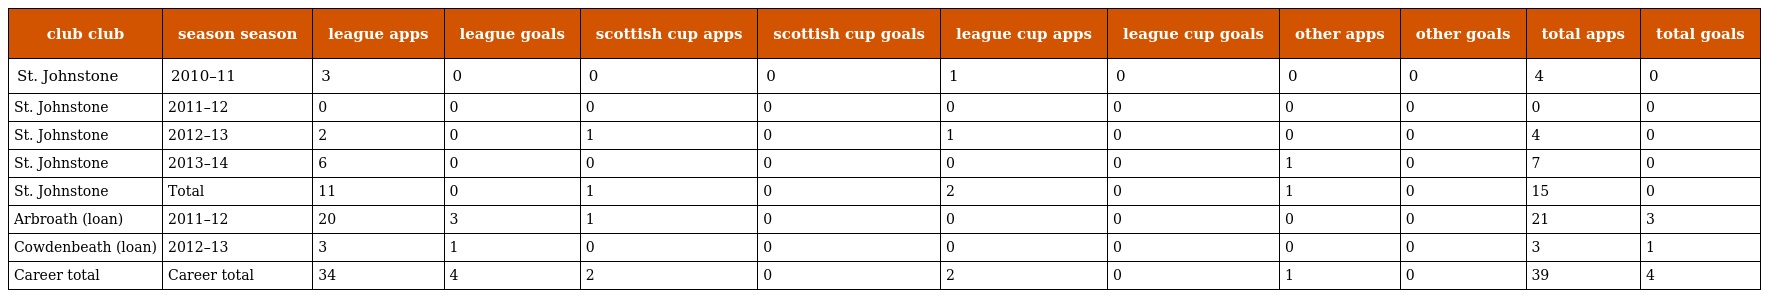
| club club | season season | league apps | league goals | scottish cup apps | scottish cup goals | league cup apps | league cup goals | other apps | other goals | total apps | total goals |
 | --- | --- | --- | --- | --- | --- | --- | --- | --- | --- | --- | --- |
 | St. Johnstone | 2010–11 | 3 | 0 | 0 | 0 | 1 | 0 | 0 | 0 | 4 | 0 |
 | St. Johnstone | 2011–12 | 0 | 0 | 0 | 0 | 0 | 0 | 0 | 0 | 0 | 0 |
 | St. Johnstone | 2012–13 | 2 | 0 | 1 | 0 | 1 | 0 | 0 | 0 | 4 | 0 |
 | St. Johnstone | 2013–14 | 6 | 0 | 0 | 0 | 0 | 0 | 1 | 0 | 7 | 0 |
 | St. Johnstone | Total | 11 | 0 | 1 | 0 | 2 | 0 | 1 | 0 | 15 | 0 |
 | Arbroath (loan) | 2011–12 | 20 | 3 | 1 | 0 | 0 | 0 | 0 | 0 | 21 | 3 |
 | Cowdenbeath (loan) | 2012–13 | 3 | 1 | 0 | 0 | 0 | 0 | 0 | 0 | 3 | 1 |
 | Career total | Career total | 34 | 4 | 2 | 0 | 2 | 0 | 1 | 0 | 39 | 4 |